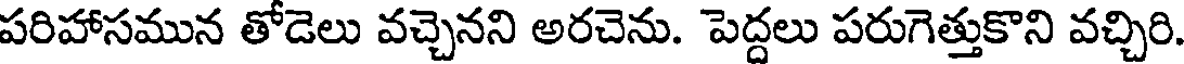
పరిహాసమున తోడెలు వచ్చెనని అరచెను. పెద్దలు పరుగెత్తుకొని వచ్చిరి.